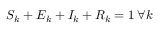
S _ { k } + E _ { k } + I _ { k } + R _ { k } = 1 \: \forall k